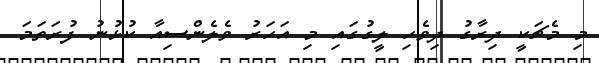
މި މެޗަކީ ދިރާގު ދިވެހި ލީގުގައި މި އަހަރު ވެލެންސިއާ ކުޅުނު ފުރަތަމަ